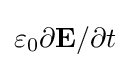
\varepsilon _{0}\partial \mathbf {E} /\partial t